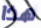
هذا